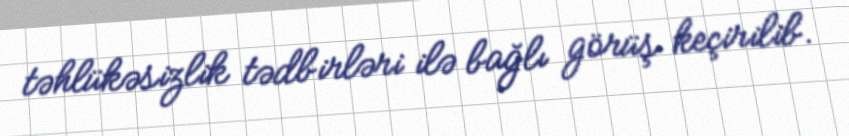
təhlükəsizlik tədbirləri ilə bağlı görüş keçirilib.